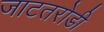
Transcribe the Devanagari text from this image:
जाटतरोडी